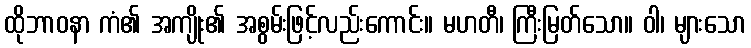
ထိုဘာဝနာ ကံ၏ အကျိုး၏ အစွမ်းဖြင့်လည်းကောင်း။ မဟတီ၊ ကြီးမြတ်သော။ ဝါ၊ များသော